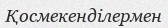
Қосмекенділермен